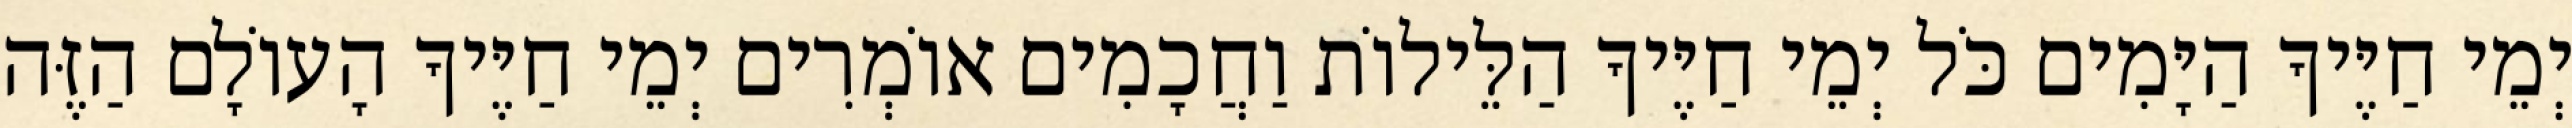
יְמֵי חַיֶּיךָ הַיָּמִים כֹּל יְמֵי חַיֶּיךָ הַלֵּילוֹת וַחֲכָמִים אוֹמְרִים יְמֵי חַיֶּיךָ הָעוֹלָם הַזֶּה